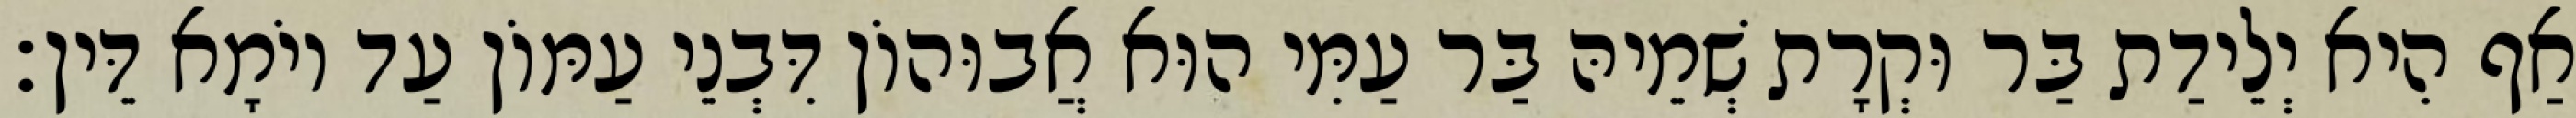
אַף הִיא יְלֵידַת בַּר וּקְרָת שְׁמֵיהּ בַּר עַמִּי הוּא אֲבוּהוֹן דִּבְנֵי עַמּוֹן עַד יוֹמָא דֵּין׃